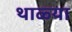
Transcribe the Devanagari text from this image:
थाळ्या